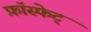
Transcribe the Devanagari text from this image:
फ़ॉस्फेट्